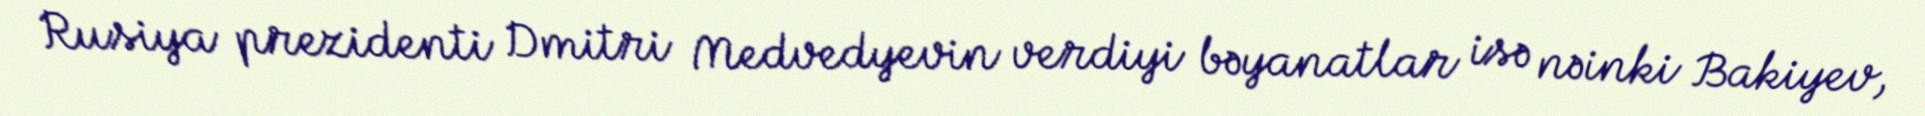
Rusiya prezidenti Dmitri Medvedyevin verdiyi bəyanatlar isə nəinki Bakiyev,